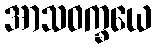
အာသဝက္ခယေ